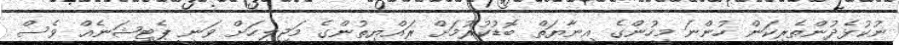
ނުކުޅެދުންތެރިކަން ހުންނަ މީހުންގެ އިނާޔަތް ބޮޑުކުރުމަށް ރައްޔިތުންގެ މަޖިލީހަށް ވަނީ ޕެޓިޝަނެއް ވެސް